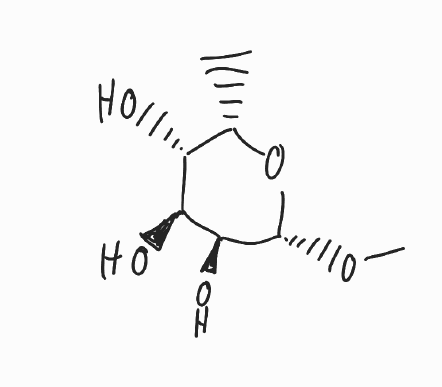
Simplified molecular-input line-entry system (SMILES) notation of the given molecule:
C[C@H]1[C@H]([C@@H]([C@@H]([C@H](O1)OC)O)O)O